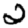
Digit: 2